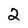
Character: 2